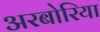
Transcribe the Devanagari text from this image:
अरबोरिया